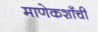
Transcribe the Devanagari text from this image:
माणेकशाँची